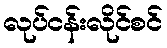
လုပ်ငန်းလိုင်စင်